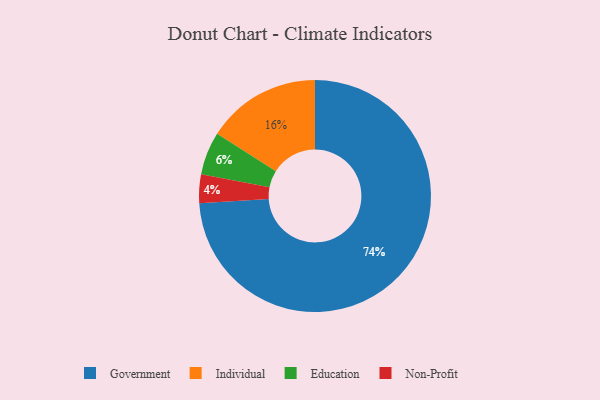
{"axis": {"x": "Category", "y": "Percentage"}, "legend": ["Education", "Government", "Individual", "Non-Profit"], "data": [{"x": "Education", "y": 6, "type": "Education"}, {"x": "Government", "y": 74, "type": "Government"}, {"x": "Individual", "y": 16, "type": "Individual"}, {"x": "Non-Profit", "y": 4, "type": "Non-Profit"}]}